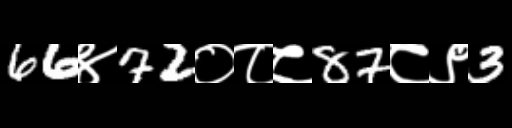
Text: 66४72०८८87८९3